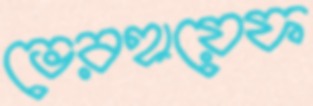
ভেরহায়েফ